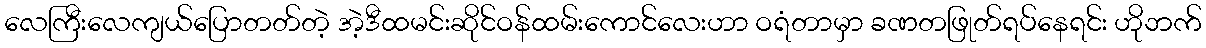
လေကြီးလေကျယ်ပြောတတ်တဲ့ အဲ့ဒီထမင်းဆိုင်ဝန်ထမ်းကောင်လေးဟာ ဝရံတာမှာ ခဏတဖြုတ်ရပ်နေရင်း ဟိုဘက်